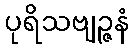
ပုရိသဗျဉ္ဇနံ